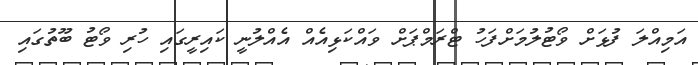
އަމިއްލަ ފުޅަށް ވޯޓުލުމަށްފަހު ޓްރަމްޕަށް ވައްކަޅިއެއް އެއްލުނީ ކައިރީގައި ހުރި ވޯޓު ބޫތުގައި